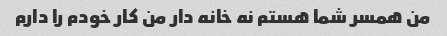
من همسر شما هستم نه خانه دار من کار خودم را دارم